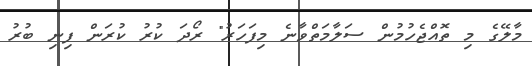
މާލޭގެ މި ތޮއްޖެހުމުން ސަލާމަތްވާނެ މިފަހަރު" ރޯދަ ކުރު ކުރަން ފިނި ބުރު